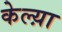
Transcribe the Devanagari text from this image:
केल्य़ा